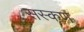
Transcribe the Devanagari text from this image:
सस्कण